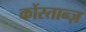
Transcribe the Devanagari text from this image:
कोंस्तान्ज़